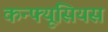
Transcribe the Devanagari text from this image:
कन्फ्यूसियस